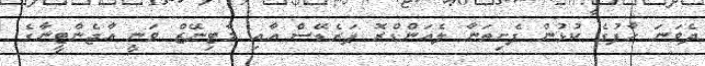
ދެވަނަ ހާފުގެ ކުޅުން ފެށިތަނާ ލެއަންޑްރޮ ޕަރެޑޭސް އާއި މާޓިނޭޒް ވަނީ އާޖެންޓީނާގެ